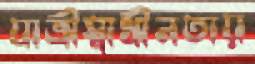
যাত্রীস্বাধীনতায়